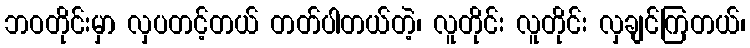
ဘဝတိုင်းမှာ လှပတင့်တယ် တတ်ပါတယ်တဲ့၊ လူတိုင်း လူတိုင်း လှချင်ကြတယ်၊